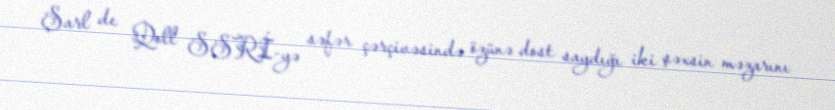
Şarl de Qoll SSRİ-yə səfər çərçivəsində özünə dost saydığı iki şəxsin məzarını